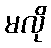
မလို